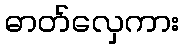
ဓာတ်လှေကား